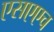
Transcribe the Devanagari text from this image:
एसएएच